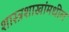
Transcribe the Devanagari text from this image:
शास्त्रशाखांमधील